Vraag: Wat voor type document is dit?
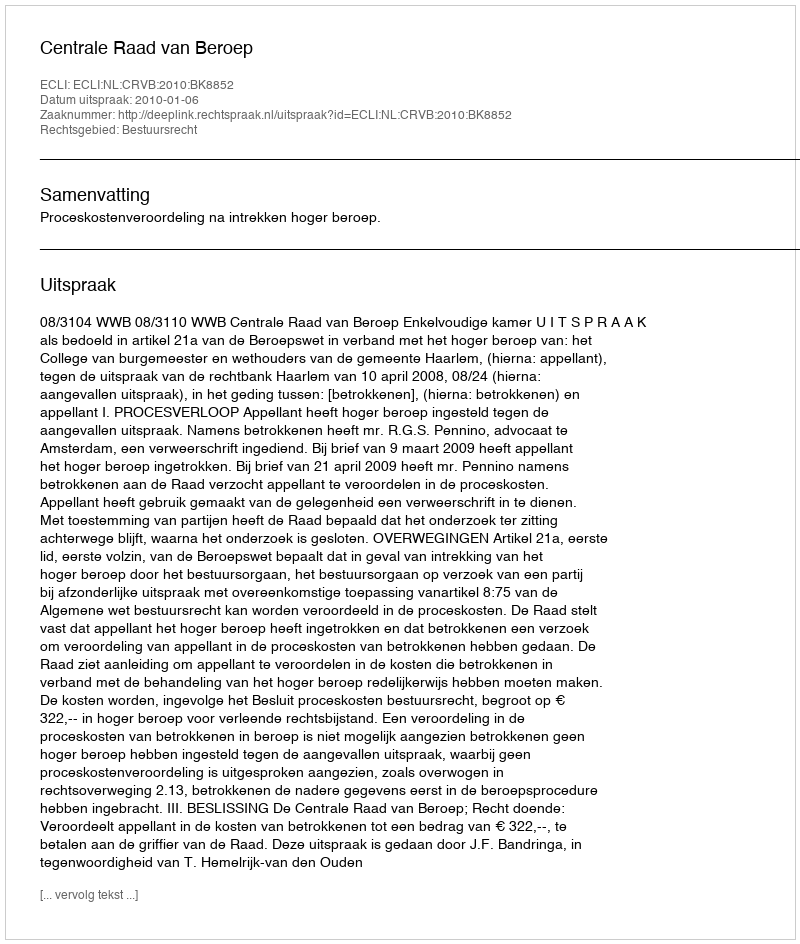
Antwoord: Uitspraak